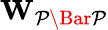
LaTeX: \mathbf{W}_{\mathcal{P\Bar{P}}}